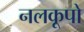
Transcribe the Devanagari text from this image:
नलकूपो